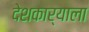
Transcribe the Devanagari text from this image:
देशकार्याला